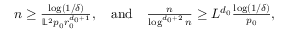
\begin{array} { r } { \ensuremath { n } \geq \frac { \log ( 1 / \delta ) } { \mathbb { L } ^ { 2 } p _ { 0 } r _ { 0 } ^ { \ensuremath { d } _ { 0 } + 1 } } , \quad \mathrm { a n d } \quad \frac { \ensuremath { n } } { \log ^ { \ensuremath { d } _ { 0 } + 2 } \ensuremath { n } } \geq L ^ { \ensuremath { d } _ { 0 } } \frac { \log ( 1 / \delta ) } { p _ { 0 } } , } \end{array}